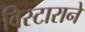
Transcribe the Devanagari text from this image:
विस्टाराने